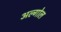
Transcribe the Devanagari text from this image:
अल्गोल